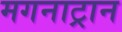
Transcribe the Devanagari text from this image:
मगनाट्रान